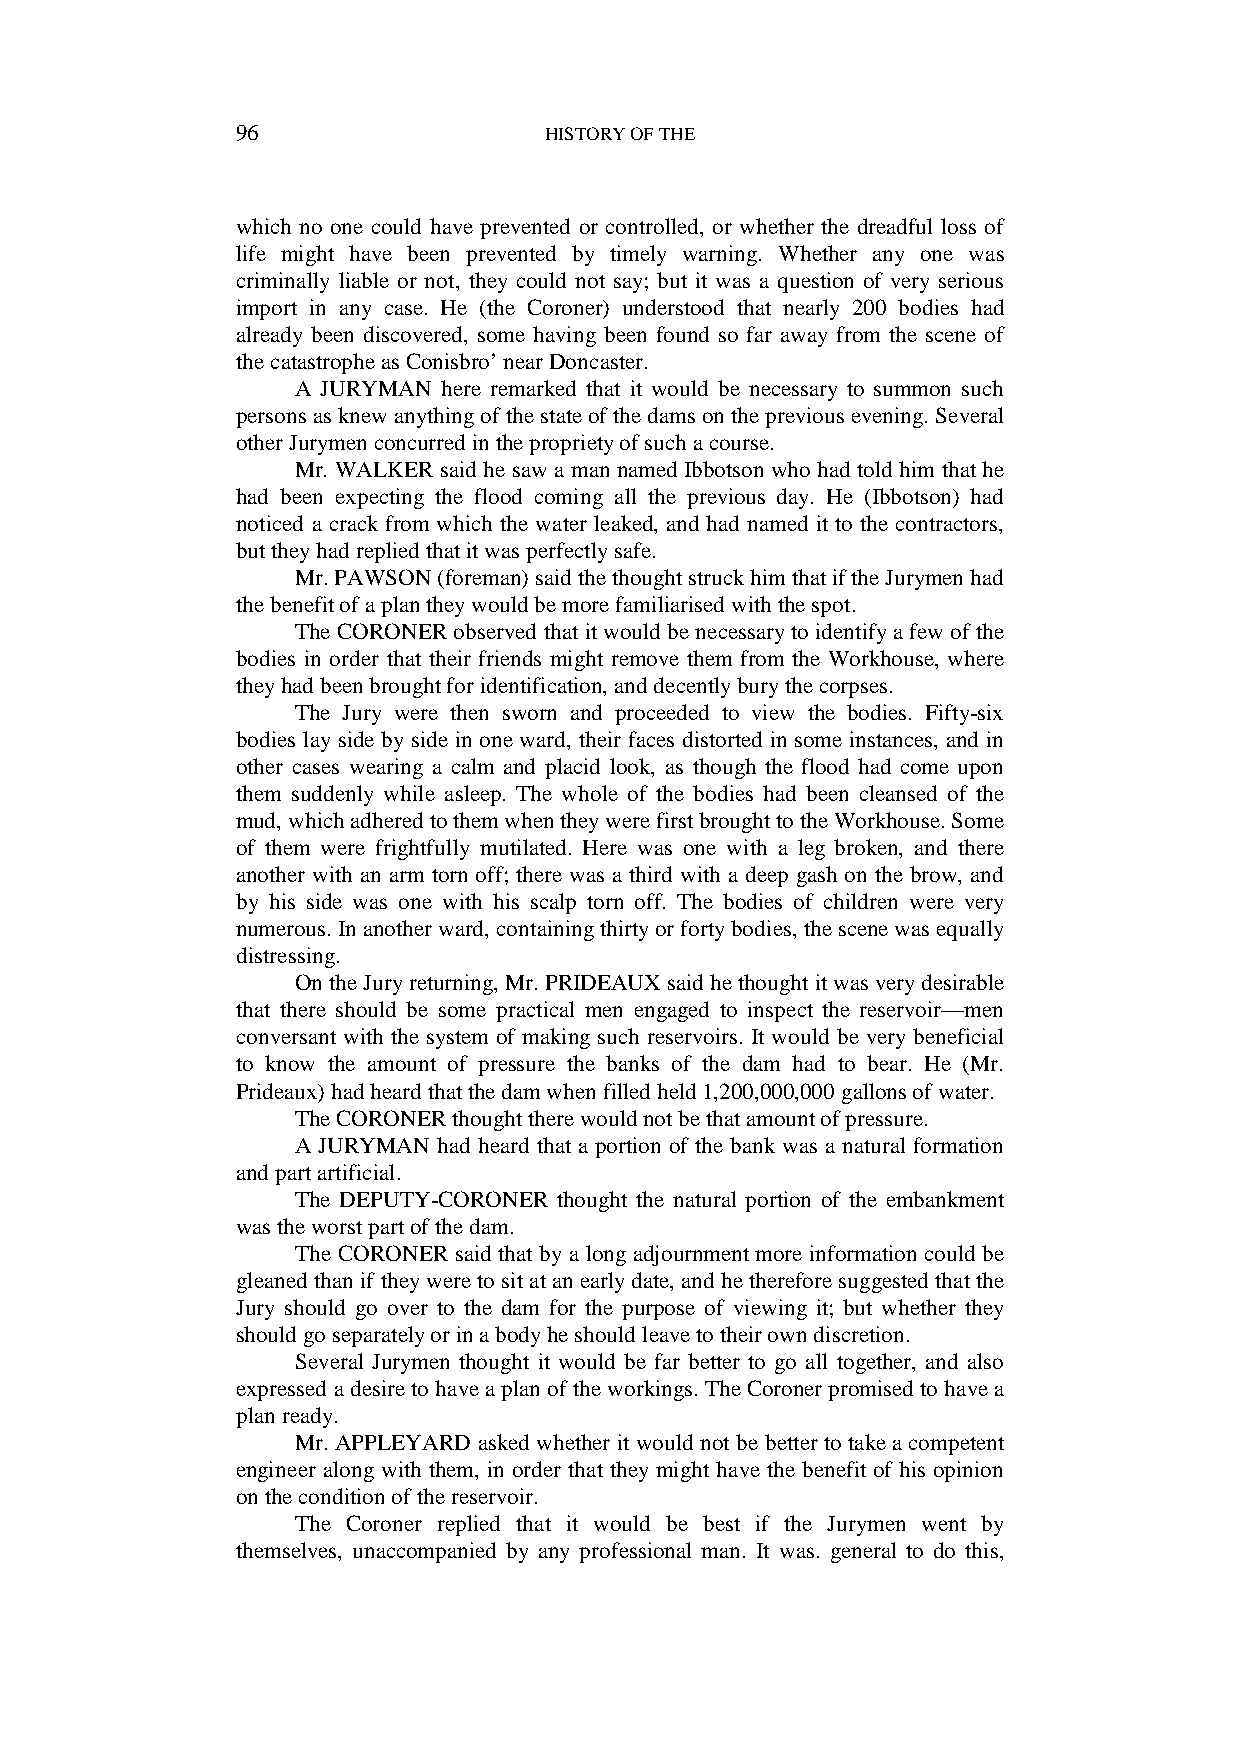
96                  HISTORY OF THE
 which no one could have prevented or controlled, or whether the dreadful loss of
 life might have been prevented by timely warning. Whether any one was
 criminally liable or not, they could not say; but it was a question of very serious
 import in any case. He (the Coroner) understood that nearly 200 bodies had
 already been discovered, some having been found so far away from the scene of
 the catastrophe as Conisbro’ near Doncaster.
 A JURYMAN here remarked that it would be necessary to summon such
 persons as knew anything of the state of the dams on the previous evening. Several
 other Jurymen concurred in the propriety of such a course.
 Mr. WALKER said he saw a man named Ibbotson who had told him that he
 had been expecting the flood coming all the previous day. He (Ibbotson) had
 noticed a crack from which the water leaked, and had named it to the contractors,
 but they had replied that it was perfectly safe.
 Mr. PAWSON (foreman) said the thought struck him that if the Jurymen had
 the benefit of a plan they would be more familiarised with the spot.
 The CORONER observed that it would be necessary to identify a few of the
 bodies in order that their friends might remove them from the Workhouse, where
 they had been brought for identification, and decently bury the corpses.
 The Jury were then sworn and proceeded to view the bodies. Fifty-six
 bodies lay side by side in one ward, their faces distorted in some instances, and in
 other cases wearing a calm and placid look, as though the flood had come upon
 them suddenly while asleep. The whole of the bodies had been cleansed of the
 mud, which adhered to them when they were first brought to the Workhouse. Some
 of them were frightfully mutilated. Here was one with a leg broken, and there
 another with an arm torn off; there was a third with a deep gash on the brow, and
 by his side was one with his scalp torn off. The bodies of children were very
 numerous. In another ward, containing thirty or forty bodies, the scene was equally
 distressing.
 On the Jury returning, Mr. PRIDEAUX said he thought it was very desirable
 that there should be some practical men engaged to inspect the reservoir—men
 conversant with the system of making such reservoirs. It would be very beneficial
 to know the amount of pressure the banks of the dam had to bear. He (Mr.
 Prideaux) had heard that the dam when filled held 1,200,000,000 gallons of water.
 The CORONER thought there would not be that amount of pressure.
 A JURYMAN had heard that a portion of the bank was a natural formation
 and part artificial.
 The DEPUTY-CORONER thought the natural portion of the embankment
 was the worst part of the dam.
 The CORONER said that by a long adjournment more information could be
 gleaned than if they were to sit at an early date, and he therefore suggested that the
 Jury should go over to the dam for the purpose of viewing it; but whether they
 should go separately or in a body he should leave to their own discretion.
 Several Jurymen thought it would be far better to go all together, and also
 expressed a desire to have a plan of the workings. The Coroner promised to have a
 plan ready.
 Mr. APPLEYARD asked whether it would not be better to take a competent
 engineer along with them, in order that they might have the benefit of his opinion
 on the condition of the reservoir.
 The Coroner replied that it would be best if the Jurymen went by
 themselves, unaccompanied by any professional man. It was. general to do this,